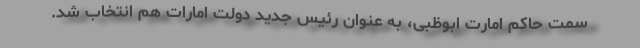
سمت حاکم امارت ابوظبی، به عنوان رئیس جدید دولت امارات هم انتخاب شد.